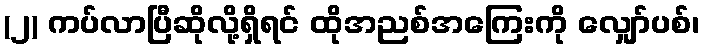
(၂) ကပ်လာပြီဆိုလို့ရှိရင် ထိုအညစ်အကြေးကို လျှော်ပစ်၊